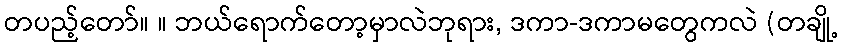
တပည့်တော်။ ။ ဘယ်ရောက်တော့မှာလဲဘုရား, ဒကာ-ဒကာမတွေကလဲ (တချို့